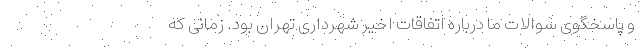
و پاسخگوی سوالات ما درباره اتفاقات اخیر شهرداری تهران بود. زمانی که